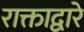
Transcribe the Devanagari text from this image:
राक्ताद्वारे